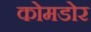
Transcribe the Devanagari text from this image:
कोमडोर